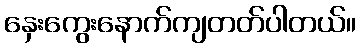
နှေးကွေးနောက်ကျတတ်ပါတယ်။